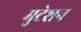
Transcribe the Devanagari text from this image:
मुटेशन